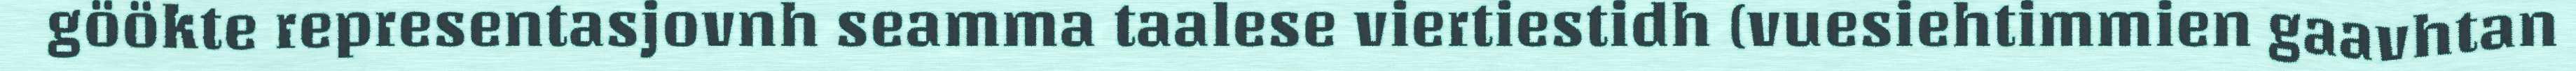
göökte representasjovnh seamma taalese viertiestidh (vuesiehtimmien gaavhtan